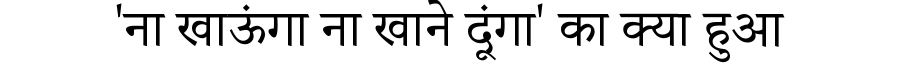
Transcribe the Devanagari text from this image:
'ना खाऊंगा ना खाने दूंगा' का क्या हुआ